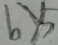
b > 5